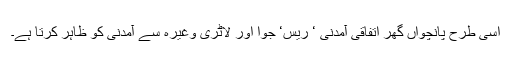
اسی طرح پانچواں گھر اتفاقی آمدنی ‘ ریس‘ جوا اور لاٹری وغیرہ سے آمدنی کو ظاہر کرتا ہے۔